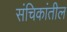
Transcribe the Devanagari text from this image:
संचिकांतील